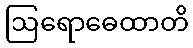
ဩရောဓေထာတိ